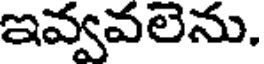
ఇవ్వవలెను.